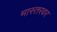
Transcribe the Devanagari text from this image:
मास्तरवर